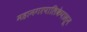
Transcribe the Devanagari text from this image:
महानगरपालिकेपासून